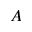
A